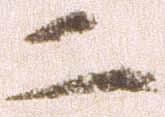
二